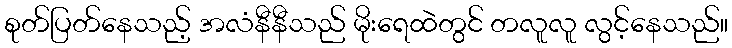
စုတ်ပြတ်နေသည့် အလံနီနီသည် မိုးရေထဲတွင် တလူလူ လွင့်နေသည်။